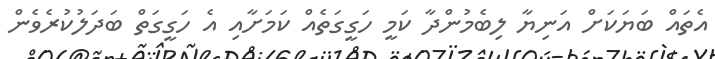
އެތައް ބަޔަކަށް އަނިޔާ ލިބެމުންދާ ކަމީ ހަގީގަތެއް ކަމަށާއި އެ ހަގީގަތް ބަދަލުކުރެވެން